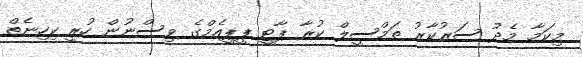
މިކަމާ މެދު ސަރުކާރު ތަމްސީލް ކުރާ ޕާޓީ ޕީޕީއެމްގެ ވިސްނުން ހުރީ ކިހިނެތް